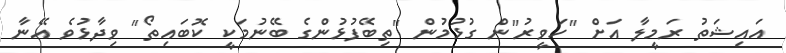
އައިޝަތު ރަމީލާ އަށް "ހަވީރު"ން ގުޅުމުން "ތިބޭފުޅުންގެ ބޭނުމަކީ ކޮބައިތޯ" ވިދާޅުވެ އޭނާ